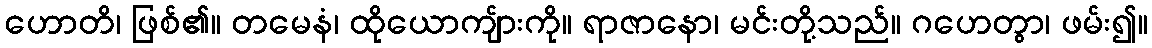
ဟောတိ၊ ဖြစ်၏။ တမေနံ၊ ထိုယောကျ်ားကို။ ရာဇာနော၊ မင်းတို့သည်။ ဂဟေတွာ၊ ဖမ်း၍။